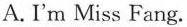
A.I'm Miss Fang.